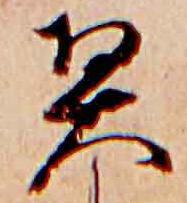
契